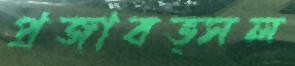
প্রজাবত্সল